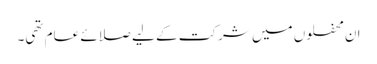
ان محفلوں میں شرکت کے لیے صلائے عام تھی۔